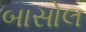
બાસોલ